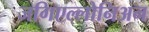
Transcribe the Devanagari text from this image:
जगिएल्लोनिअन